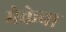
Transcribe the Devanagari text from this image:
मेकेवा